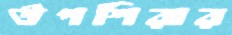
উপশিরার